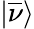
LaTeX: |\overline{{\nu}}\rangle